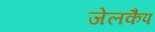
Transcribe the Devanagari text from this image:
जेलकैप